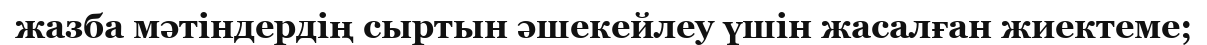
жазба мәтіндердің сыртын әшекейлеу үшін жасалған жиектеме;